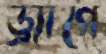
ড্র্যাগে